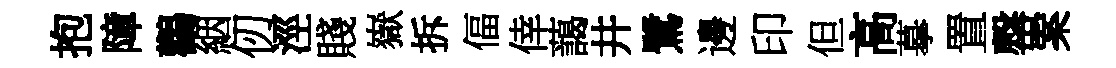
抱障鸛絪仞涇賤嶽拆偪倖藹井鷺邊印但高摹置罄案